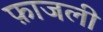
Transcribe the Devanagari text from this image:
फ़ाजली